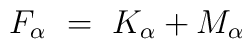
F_\alpha~=~K_\alpha + M_\alpha